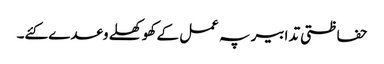
حفاظتی تدابیر پہ عمل کے کھوکھلے وعدے کئے۔